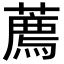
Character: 薦